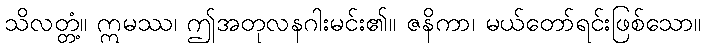
သိလတ္တံ့။ ဣမဿ၊ ဤအတုလနဂါးမင်း၏။ ဇနိကာ၊ မယ်တော်ရင်းဖြစ်သော။